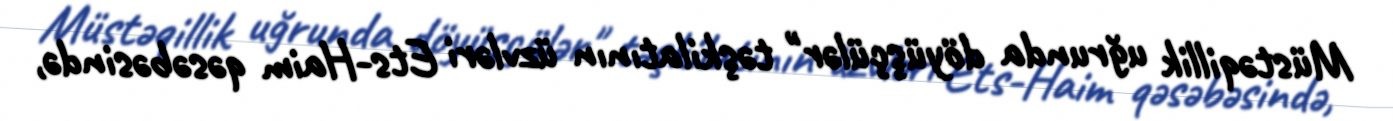
Müstəqillik uğrunda döyüşçülər" təşkilatının üzvləri Ets-Haim qəsəbəsində,